Annual statistical returns and brief notes on vaccination in Bengal - 1896-1909
Year: 1896
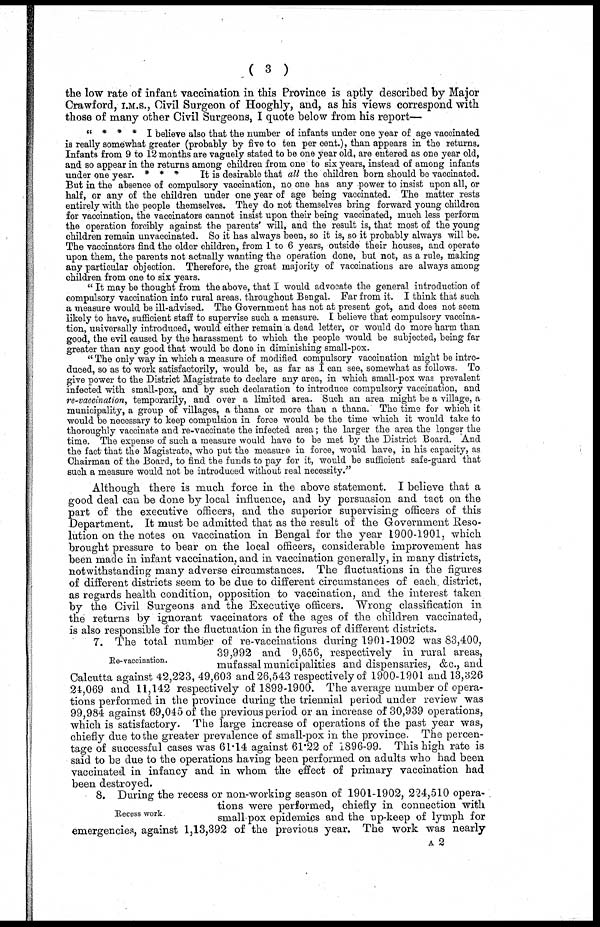
( 3 )
the low rate of infant vaccination in this Province is aptly described by Major
Crawford, I.M.S., Civil Surgeon of Hooghly, and, as his views correspond with
those of many other Civil Surgeons, I quote below from his report—
" * * * I believe also that the number of infants under one year of age vaccinated
is really somewhat greater (probably by five to ten per cent.), than appears in the returns.
Infants from 9 to 12 months are vaguely stated to be one year old, are entered as one year old,
and so appear in the returns among children from one to six years, instead of among infants
under one year. * * * It is desirable that all the children born should be vaccinated.
But in the absence of compulsory vaccination, no one has any power to insist upon all, or
half, or any of the children under one year of age being vaccinated. The matter rests
entirely with the people themselves. They do not themselves bring forward young children
for vaccination, the vaccinators cannot insist upon their being vaccinated, much less perform
the operation forcibly against the parents' will, and the result is, that most of the young
children remain unvaccinated. So it has always been, so it is, so it probably always will be.
The vaccinators find the older children, from 1 to 6 years, outside their houses, and operate
upon them, the parents not actually wanting the operation done, but not, as a rule, making
any particular objection. Therefore, the great majority of vaccinations are always among
children from one to six years.
" It may be thought from the above, that I would advocate the general introduction of
compulsory vaccination into rural areas, throughout Bengal. Far from it. I think that such
a measure would be ill-advised. The Government has not at present got, and does not seem
likely to have, sufficient staff to supervise such a measure. I believe that compulsory vaccina-
tion, universally introduced, would either remain a dead letter, or would do more harm than
good, the evil caused by the harassment to which the people would be subjected, being far
greater than any good that would be done in diminishing small-pox.
" The only way in which a measure of modified compulsory vaccination might be intro-
duced, so as to work satisfactorily, would be, as far as I can see, somewhat as follows. To
give power to the District Magistrate to declare any area, in which small-pox was prevalent
infected with small-pox, and by such declaration to introduce compulsory vaccination, and
re-vaccination, temporarily, and over a limited area. Such an area might be a village, a
municipality, a group of villages, a thana or more than a thana. The time for which it
would be necessary to keep compulsion in force would be the time which it would take to
thoroughly vaccinate and re-vaccinate the infected area; the larger the area the longer the
time. The expense of such a measure would have to be met by the District Board. And
the fact that the Magistrate, who put the measure in force, would have, in his capacity, as
Chairman of the Board, to find the funds to pay for it, would be sufficient safe-guard that
such a measure would not be introduced without real necessity."
Although there is much force in the above statement. I believe that a
good deal can be done by local influence, and by persuasion and tact on the
part of the executive officers, and the superior supervising officers of this
Department. It must be admitted that as the result of the Government Reso-
lution on the notes on vaccination in Bengal for the year 1900-1901, which
brought pressure to bear on the local officers, considerable improvement has
been made in infant vaccination, and in vaccination generally, in many districts,
notwithstanding many adverse circumstances. The fluctuations in the figures
of different districts seem to be due to different circumstances of each district,
as regards health condition, opposition to vaccination, and the interest taken
by the Civil Surgeons and the Executive officers. Wrong classification in
the returns by ignorant vaccinators of the ages of the children vaccinated,
is also responsible for the fluctuation in the figures of different districts.
Re-vaccination.
7. The total number of re-vaccinations during 1901-1902 was 83,400,
39,992 and 9,656, respectively in rural areas,
mufassal municipalities and dispensaries, &c., and
Calcutta against 42,223, 49,603 and 26,543 respectively of 1900-1901 and 13,326
24,069 and 11,142 respectively of 1899-1900. The average number of opera-
tions performed in the province during the triennial period under review was
99,984 against 69,045 of the previous period or an increase of 30,939 operations,
which is satisfactory. The large increase of operations of the past year was,
chiefly due to the greater prevalence of small-pox in the province. The percen-
tage of successful cases was 61.14 against 61.22 of 1896-99. This high rate is
said to be due to the operations having been performed on adults who had been
vaccinated in infancy and in whom the effect of primary vaccination had
been destroyed.
Recess work
8. During the recess or non-working season of 1901-1902, 224,510 opera-
tions were performed, chiefly in connection with
small-pox epidemics and the up-keep of lymph for
emergencies, against 1,13,392 of the previous year. The work was nearly
A 2